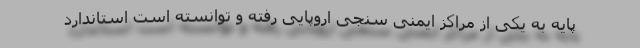
پایه به یکی از مراکز ایمنی سنجی اروپایی رفته و توانسته است استاندارد